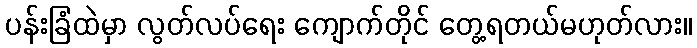
ပန်းခြံထဲမှာ လွတ်လပ်ရေး ကျောက်တိုင် တွေ့ရတယ်မဟုတ်လား။